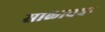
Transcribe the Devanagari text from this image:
साळावचा